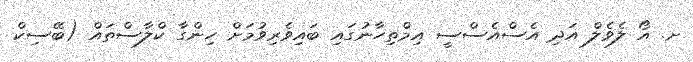
ށ. އޯ ލެވެލް އަދި އެސްއެސްސީ އިމްތިހާނުގައި ބައިވެރިވުމަށް ހިންގާ ކްލާސްތައް (ބޭސިކް